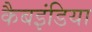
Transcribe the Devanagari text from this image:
कैबइंडिया